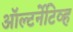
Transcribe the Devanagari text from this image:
ऑल्टर्नेटिव्ह